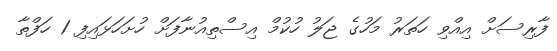
ފާރިސަށް އިއްވި ހަތަރު މަހުގެ ޖަލު ހުކުމް އިސްތިއުނާފަށް ހުށަހަޅައިފި 1 ހަފްތާ